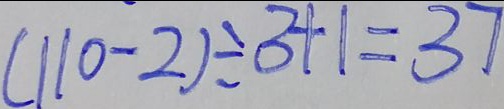
( 1 1 0 - 2 ) \div 3 + 1 = 3 7